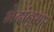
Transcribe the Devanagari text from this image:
भेदांनुसार